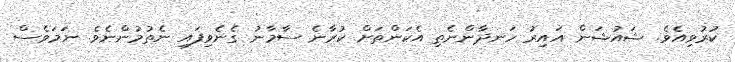
ކުރުވިއެވެ. ޝައުޝަން އައިރު ހަނދާންނެތި އެކަންތަަށް ކުރާނެ ސާމާނު ގެނެވިފައި ނެތުމުންނެވެ. ނަމަވެސް